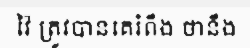
វ៉ៃ ត្រូវបានគេរំពឹង ថានឹង